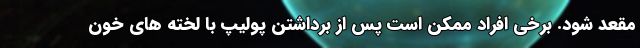
مقعد شود. برخی افراد ممکن است پس از برداشتن پولیپ با لخته های خون